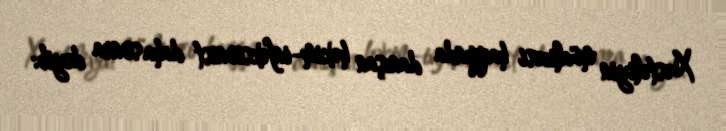
Xəstəliyin müalicəsi haqqında danışan həkim-infeksionist daha sonra deyib: